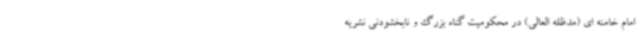
امام خامنه ای (مدظله العالی) در محکومیت گناه بزرگ و نابخشودنی نشریه